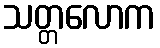
သတ္တလောက